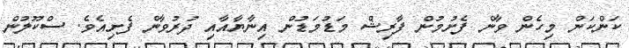
ކަންކަން މިހެން ވާން ފެށުމުން ފާރިޝް މަޑުމަޑުން އިނާޔާއާއި ދުރުވާން ފެށިއެވެ. ސްކޫލުން